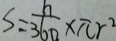
S = \frac { h } { 3 6 0 } \times \pi r ^ { 2 }